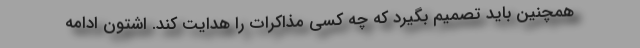
همچنین باید تصمیم بگیرد که چه کسی مذاکرات را هدایت کند. اشتون ادامه